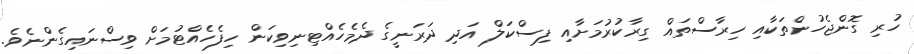
ހުރި ގޮންޖެހުންތަކާއި ހިރާސްތައް ގިރާކުރުމަށާއި ފިސްކަލް އަދި ދަރަނީގެ ދެމެހެއްޓިނިވިކަން ހިފެހެއްޓުމަށް ވިސްނައިގެންނެވެ.